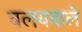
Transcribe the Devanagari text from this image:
वलयवाले